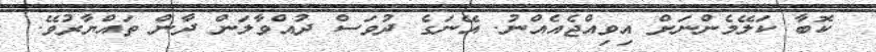
ކޮބާ ކަލޭމެންނަށް އިވިއްޖެއެއްނު. އޭނަގެ ދުވަސް ދުއްވާލަން ދާން ތައްޔާރުވޭ.